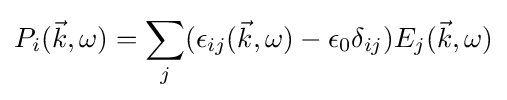
P_{i}({\vec {k}},\omega )=\sum _{j}(\epsilon _{ij}({\vec {k}},\omega )-\epsilon _{0}\delta _{ij})E_{j}({\vec {k}},\omega )